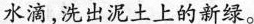
水滴，洗出泥土上的新绿。